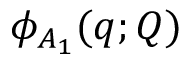
\phi _ { A _ { 1 } } ( \boldsymbol { q } ; \boldsymbol { Q } )